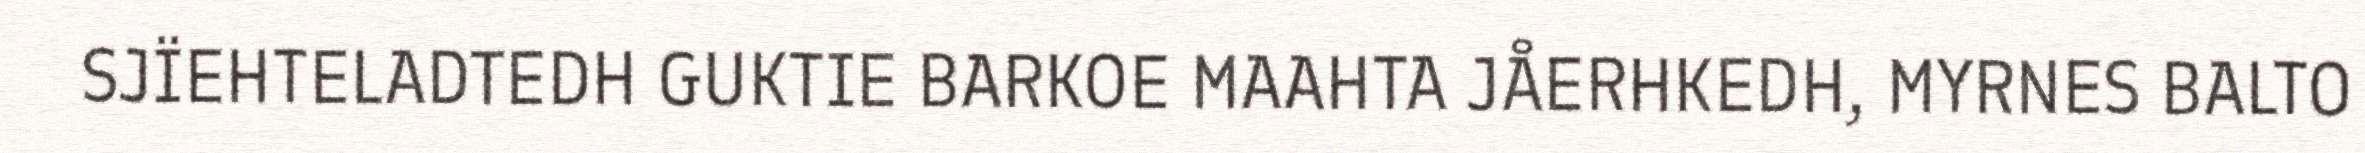
SJÏEHTELADTEDH GUKTIE BARKOE MAAHTA JÅERHKEDH, MYRNES BALTO